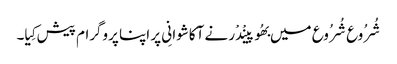
شُرُوع شُرُوع میں بھُوپینْدْر نے آکاشوانِی پر اپنا پروگرام پیش کِیا۔